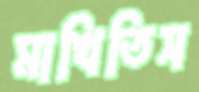
মাখিতিস